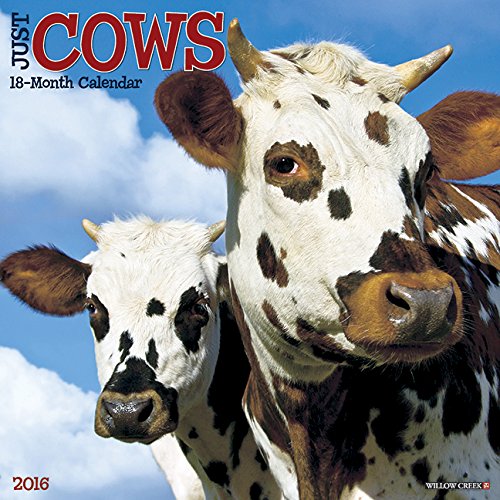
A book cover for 2016 Just Cows Wall Calendar; Willow Creek Press; Crafts, Hobbies & Home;